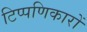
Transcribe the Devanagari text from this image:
टिप्पणिकारों